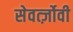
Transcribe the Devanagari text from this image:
सेवर्त्ज़ोवी